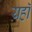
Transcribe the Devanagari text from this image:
य़हॉ